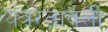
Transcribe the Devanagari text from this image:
यंत्ररत्नावली